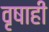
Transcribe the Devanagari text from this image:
वृषाही